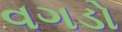
વગડો